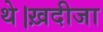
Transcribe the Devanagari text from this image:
थे।ख़दीजा